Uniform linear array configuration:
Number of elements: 4
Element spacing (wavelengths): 0.5
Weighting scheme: blackman
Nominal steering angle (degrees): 0
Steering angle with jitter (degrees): -1.825
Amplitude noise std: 0.05
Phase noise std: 0.05

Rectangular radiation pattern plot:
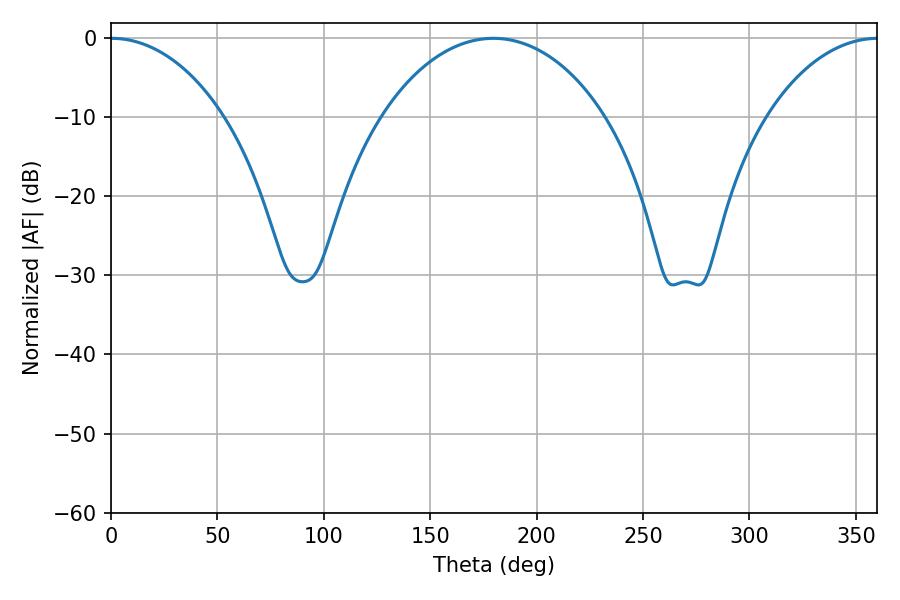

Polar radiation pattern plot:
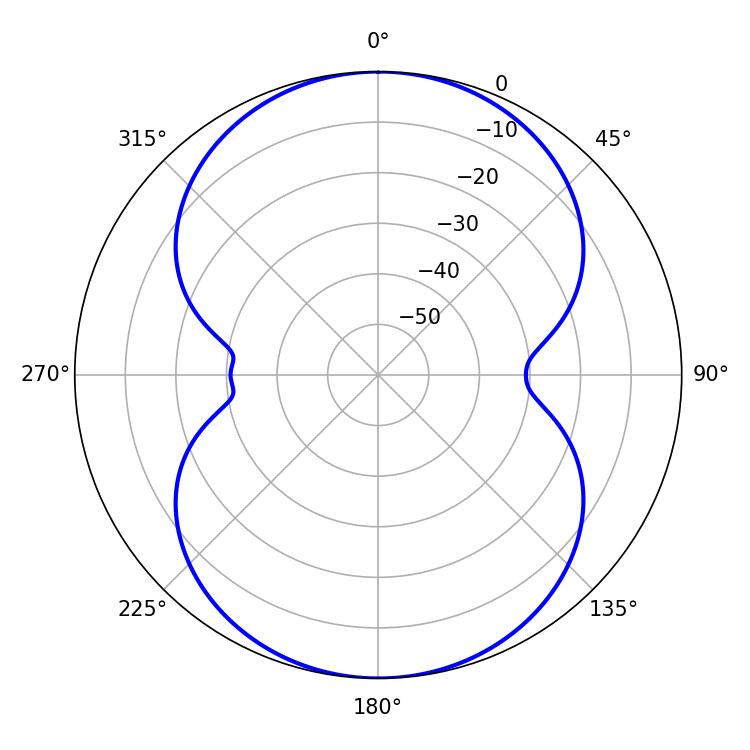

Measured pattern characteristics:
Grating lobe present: FALSE
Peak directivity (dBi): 21.195
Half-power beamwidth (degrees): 30.24
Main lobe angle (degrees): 0.36